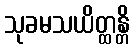
သုခမသယိတ္ထန္တိ